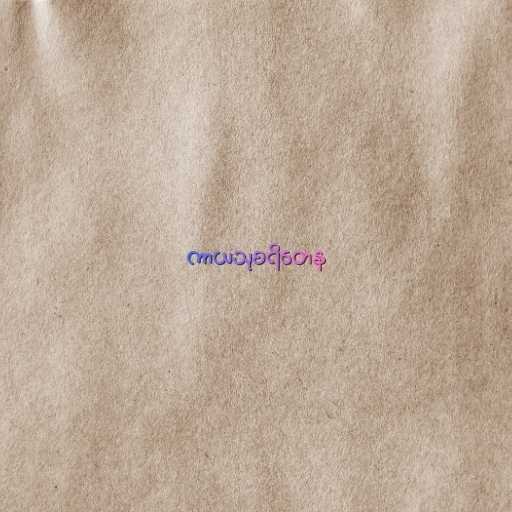
ကာယသုစရိတေန